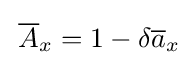
\,{\overline {A}}_{x}=1-\delta {\overline {a}}_{x}